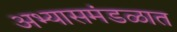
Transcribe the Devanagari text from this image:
अभ्यासमंडळात